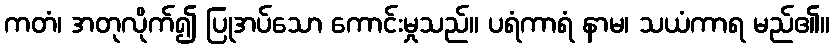
ကတံ၊ အတုလိုက်၍ ပြုအပ်သော ကောင်းမှုသည်။ ပရံကာရံ နာမ၊ သယံကာရ မည်၏။